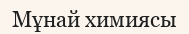
Мұнай химиясы